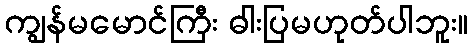
ကျွန်မမောင်ကြီး ဓါးပြမဟုတ်ပါဘူး။